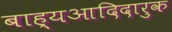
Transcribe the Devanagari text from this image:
बाह्यआदिदारुक